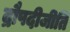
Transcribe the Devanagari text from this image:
द्रौपदीजीति